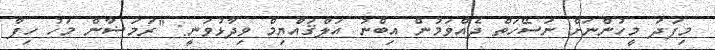
މިފަދަ މީހުންނަށް ނަސޭހަތް ދެއްވަމުން އިބްނު އަލްޤައްޔިމް ވިދާޅުވަނީ: ''ރަމަޟާން މަހު ހިފާ